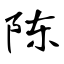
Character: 陈